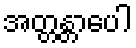
အတ္တန္တာပေါ